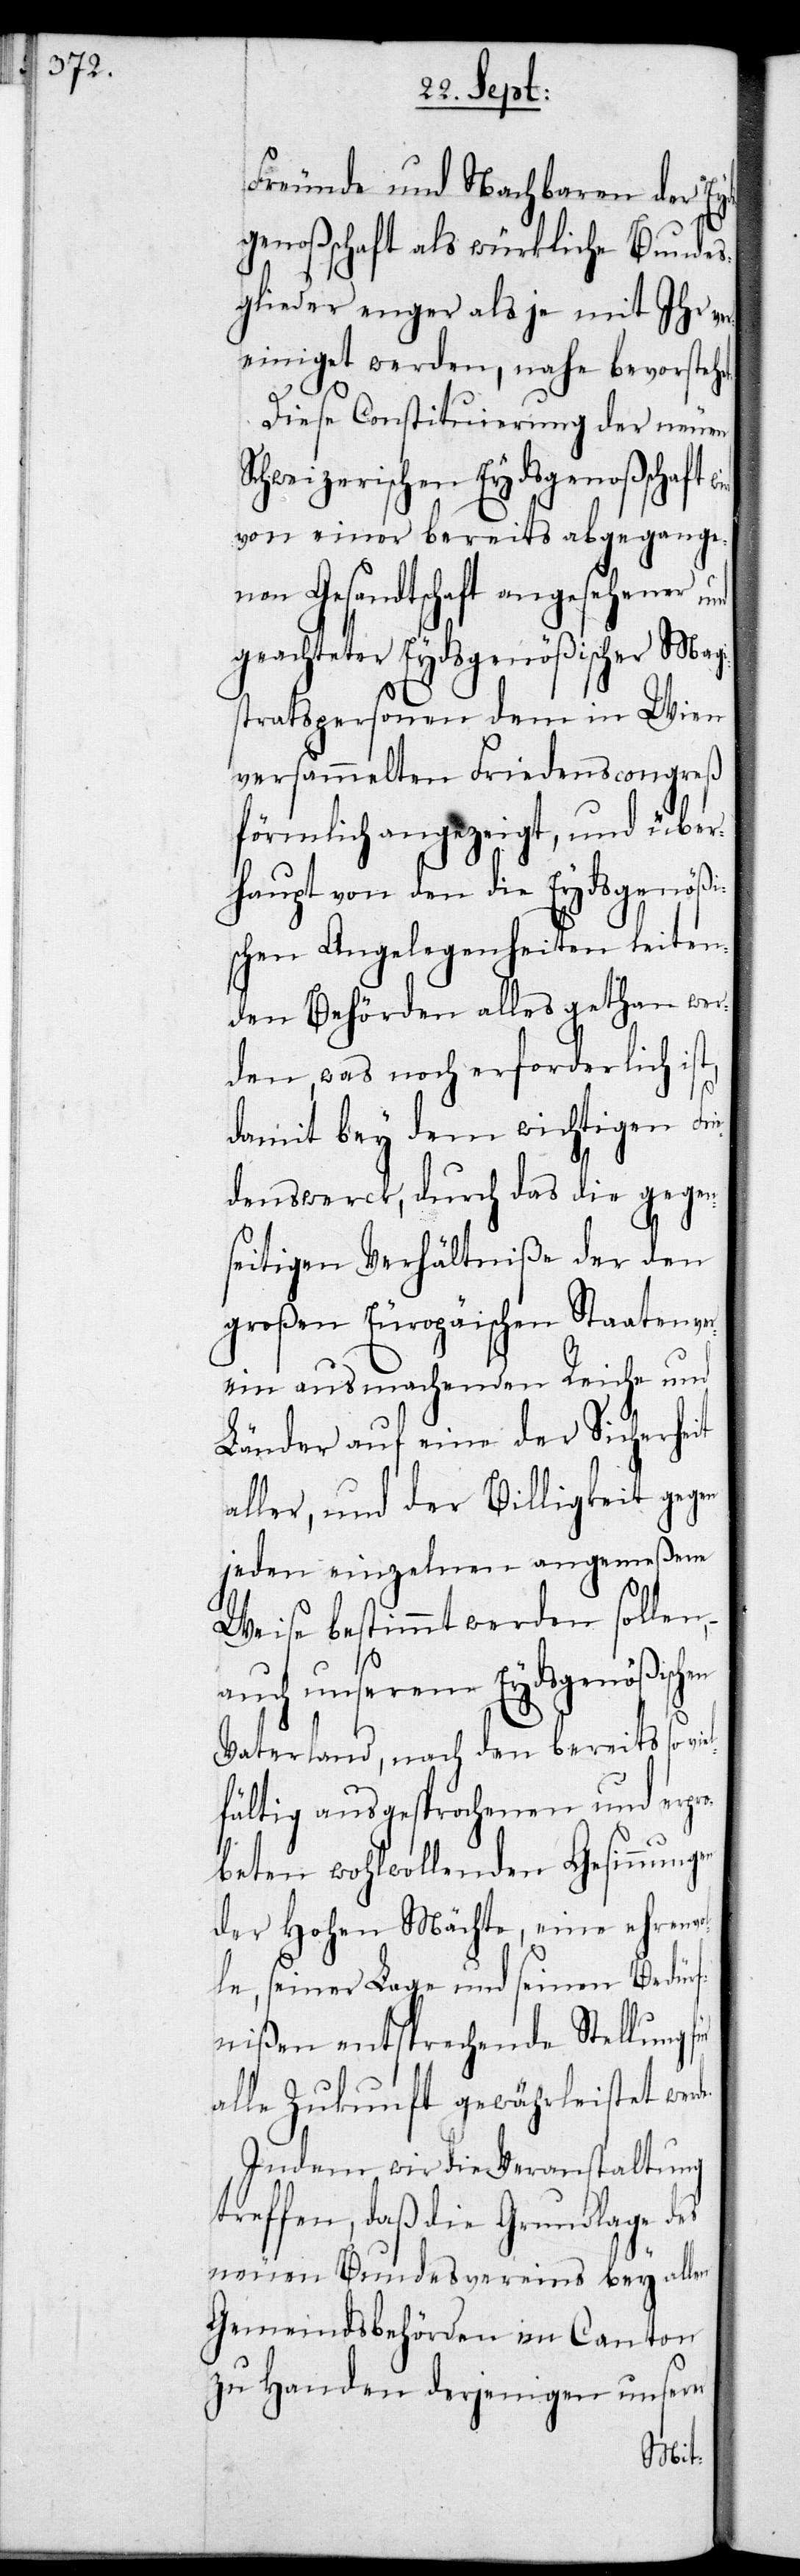
Freunde und Nachbaren der Eyd¬
sgenoßschaft als würkliche Bundes¬
glieder enger als je mit Ihr ver¬
einiget werden, nahe bevorstehe¬
Diese Constituierung der neuen
Schweizerischen Eydsgenoßschaft
von einer bereits abgegange¬
nen Gesandtschaft angesehener und
geachteter Eydsgenößischer Magi¬
stratspersonen dem in Wien
versammelten Friedenscongreß
förmlich angezeigt, und über¬
haupt von den die Eydsgenößi¬
schen Angelegenheiten leiten¬
den Behörden alles gethan wer¬
den, was noch erforderlich ist,
damit bey dem wichtigen Fri¬
edenswerck, durch das die gegen¬
seitigen Verhältniße der den
großen Europäischen Staatenver¬
ein ausmachenden Reiche und
Länder auf eine der Sicherheit
aller, und der Billigkeit gegen
jeden einzelnen angemeßene
Weise bestimmt werden sollen,
auch unserem Eydsgenößischen
Vaterland, nach den bereits so viel¬
fältig ausgesprochenen und erpr¬
obeten wohlwollenden Gesinnungen
der Hohen Mächte, eine ehren¬
le, seiner Lage und seinen Bedürf¬
nißen entsprechende Stellung
alle Zukunft gewährleistet wer¬
Indem wir die Veranstaltung
treffen, daß die Grundlage des
neuen Bundesvereins bey allen
Gemeindsbehörden im Canton
zu Handen derjenigen unserer
de.